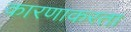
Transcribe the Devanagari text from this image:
कारणाकरता